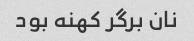
نان برگر کهنه بود